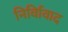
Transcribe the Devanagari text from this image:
निर्विावाद